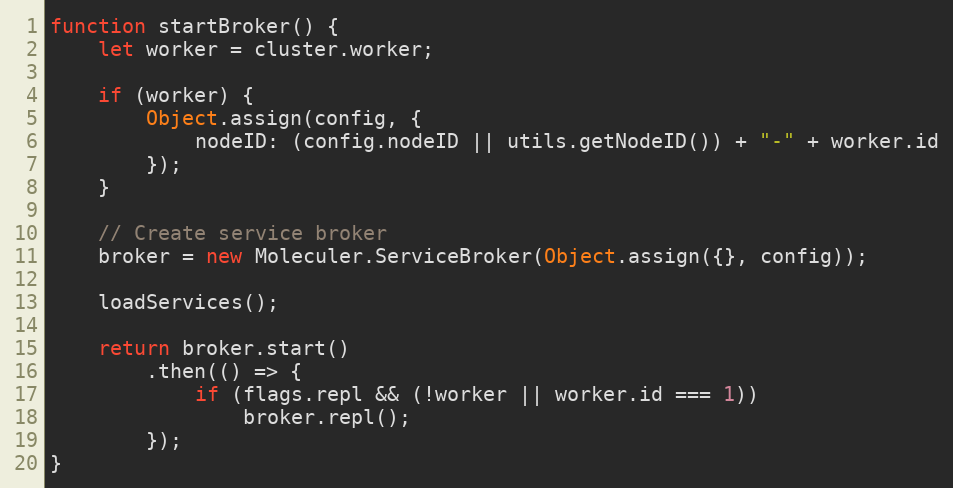
Language: JavaScript
function startBroker() {
	let worker = cluster.worker;

	if (worker) {
		Object.assign(config, {
			nodeID: (config.nodeID || utils.getNodeID()) + "-" + worker.id
		});
	}

	// Create service broker
	broker = new Moleculer.ServiceBroker(Object.assign({}, config));

	loadServices();

	return broker.start()
		.then(() => {
			if (flags.repl && (!worker || worker.id === 1))
				broker.repl();
		});
}